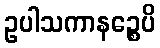
ဥပါသကာနဉ္စေပိ